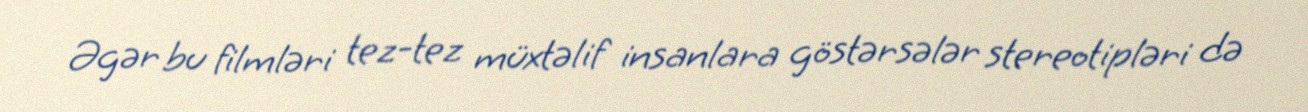
Əgər bu filmləri tez-tez müxtəlif insanlara göstərsələr stereotipləri də